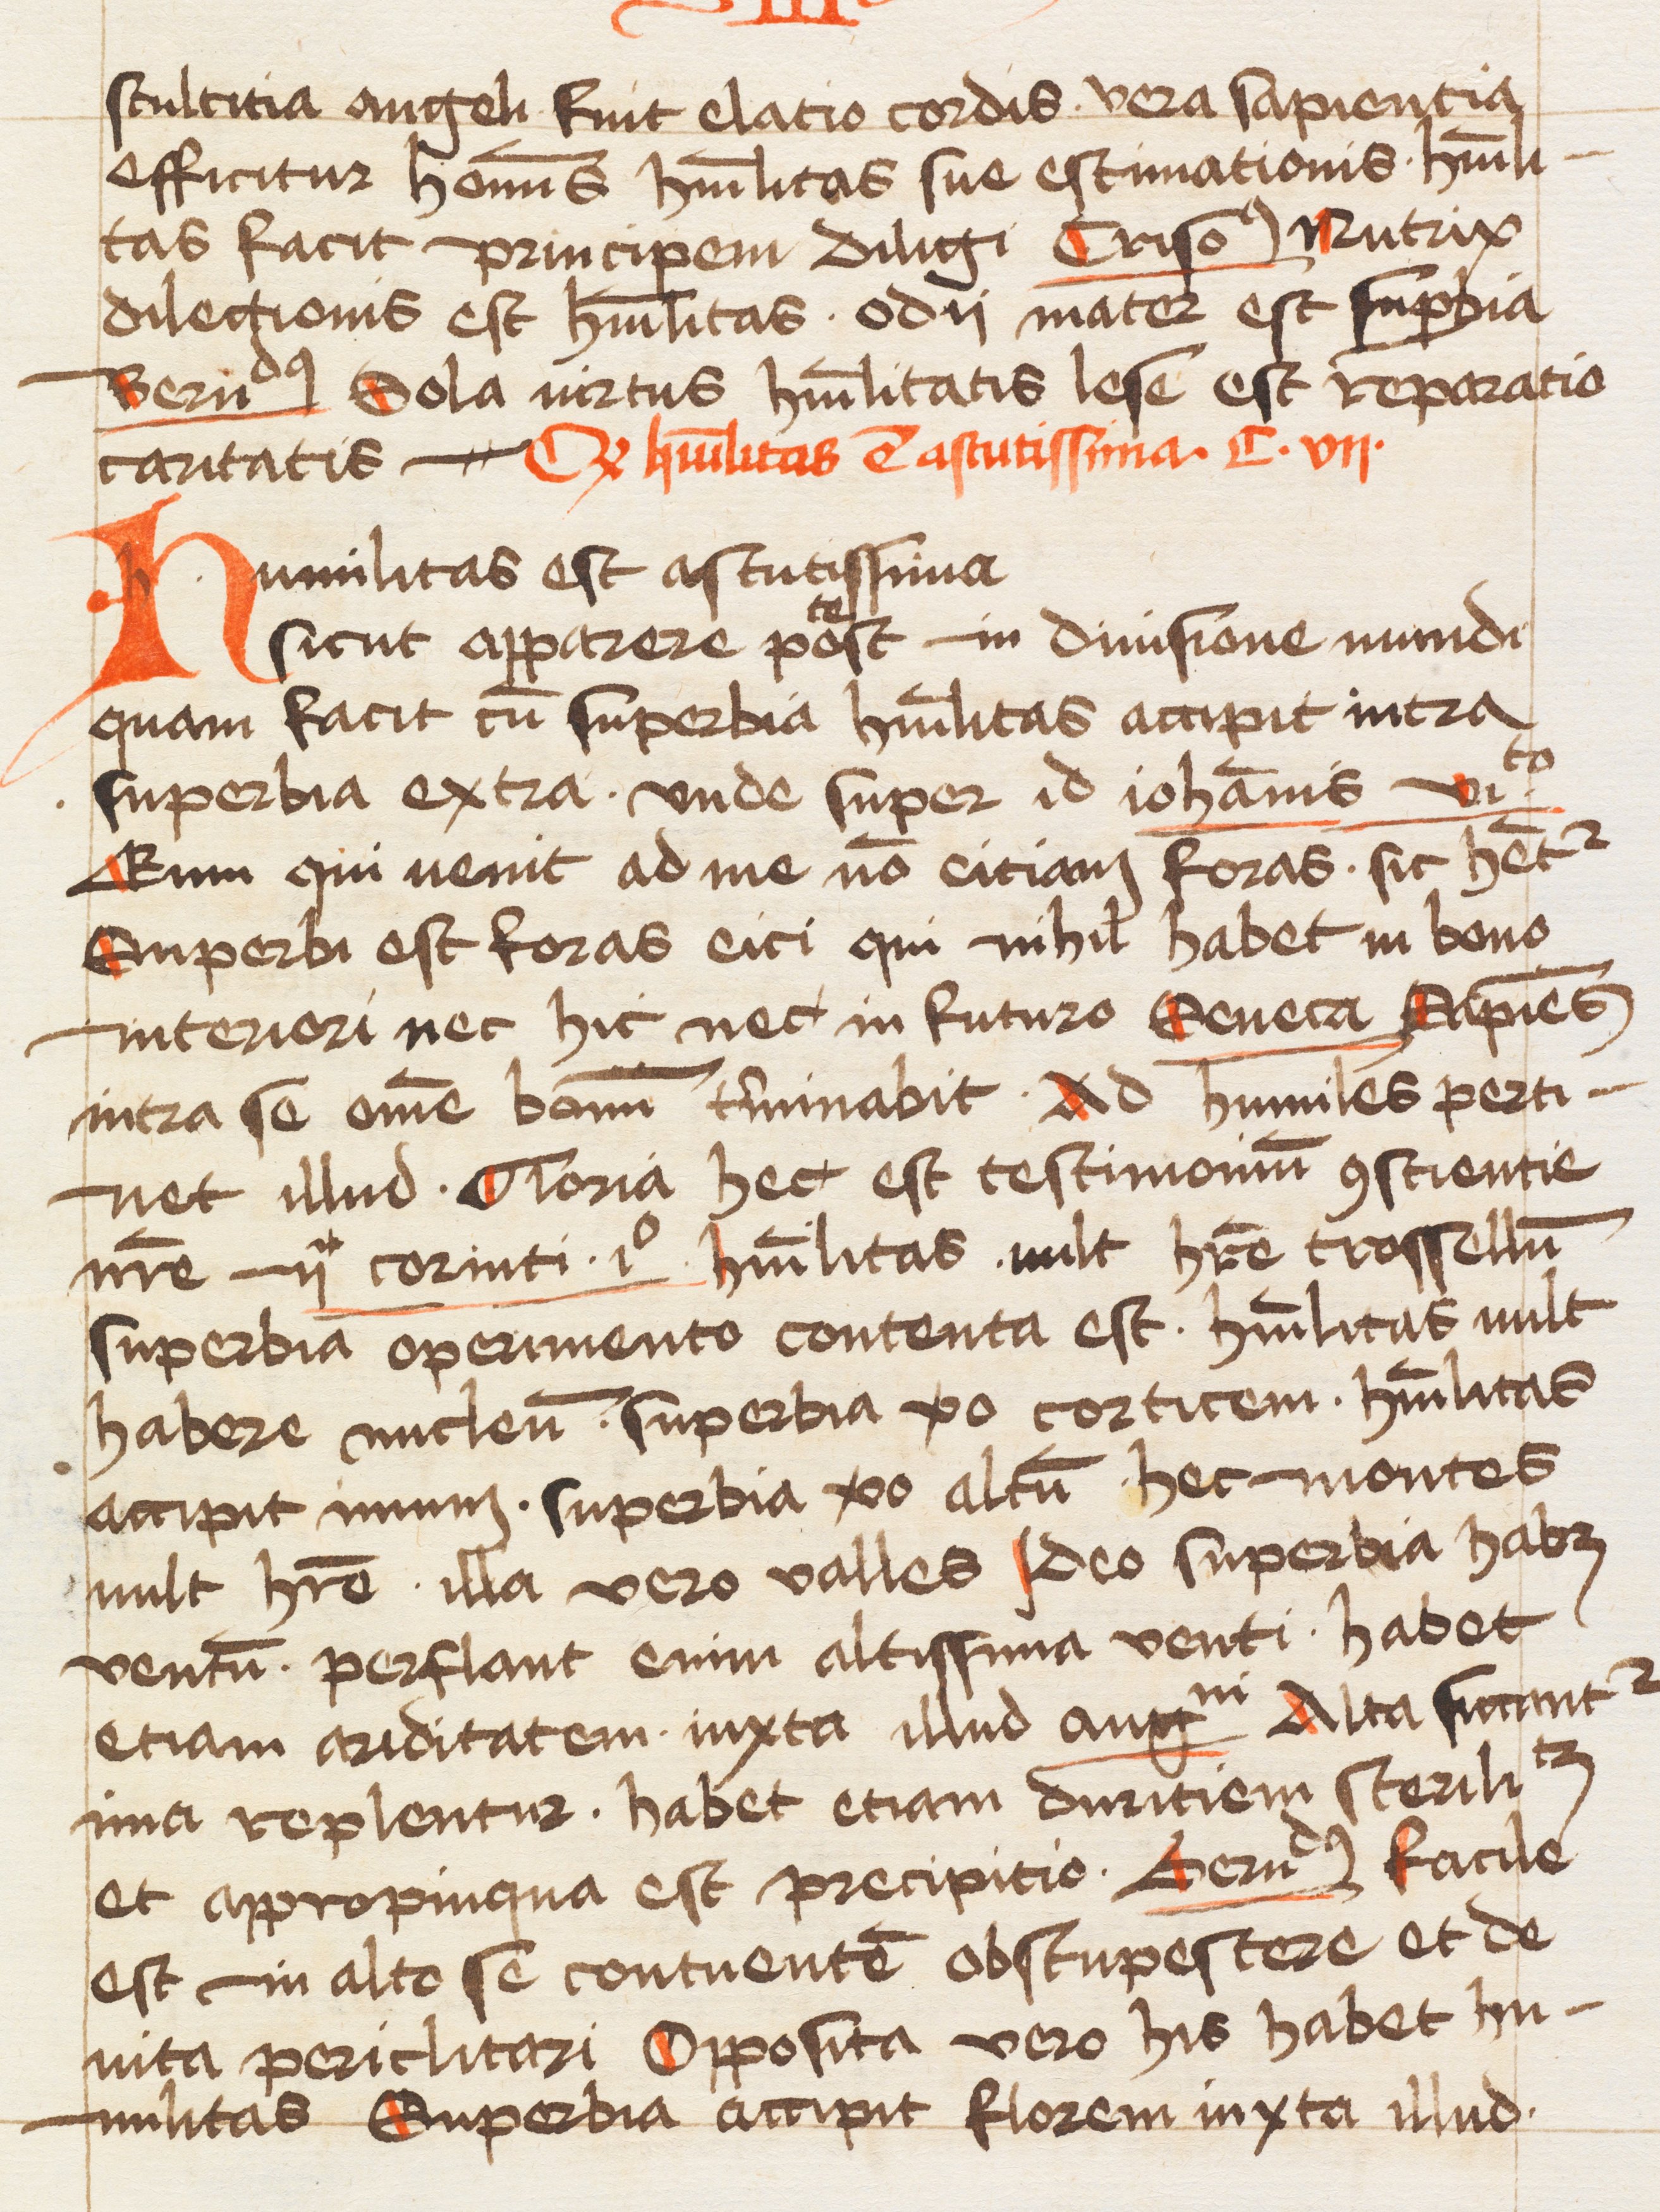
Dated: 1463–1463